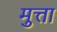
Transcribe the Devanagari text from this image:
मुत्ता